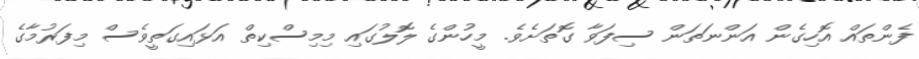
ފެންތައް އޮހިގެން އަންނަތަން ސިފަވާ ގޮތަށެވެ. މީހުންގެ ލޮލުގައި މިމިސްކިތް އަޅައިގަތީވެސް މިފަރުމާގެ